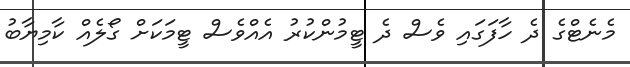
މެނެޓްގެ ދެ ހާފަގައި ވެސް ދެ ޓީމުންކުރު އެއްވެސް ޓީމަކަށް ގޯލެއް ކާމިޔާބު